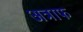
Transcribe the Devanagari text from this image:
अत्राफ